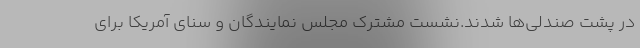
در پشت صندلی‌ها شدند.نشست مشترک مجلس نمایندگان و سنای آمریکا برای